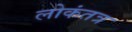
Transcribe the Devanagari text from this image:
लोकंतत्र